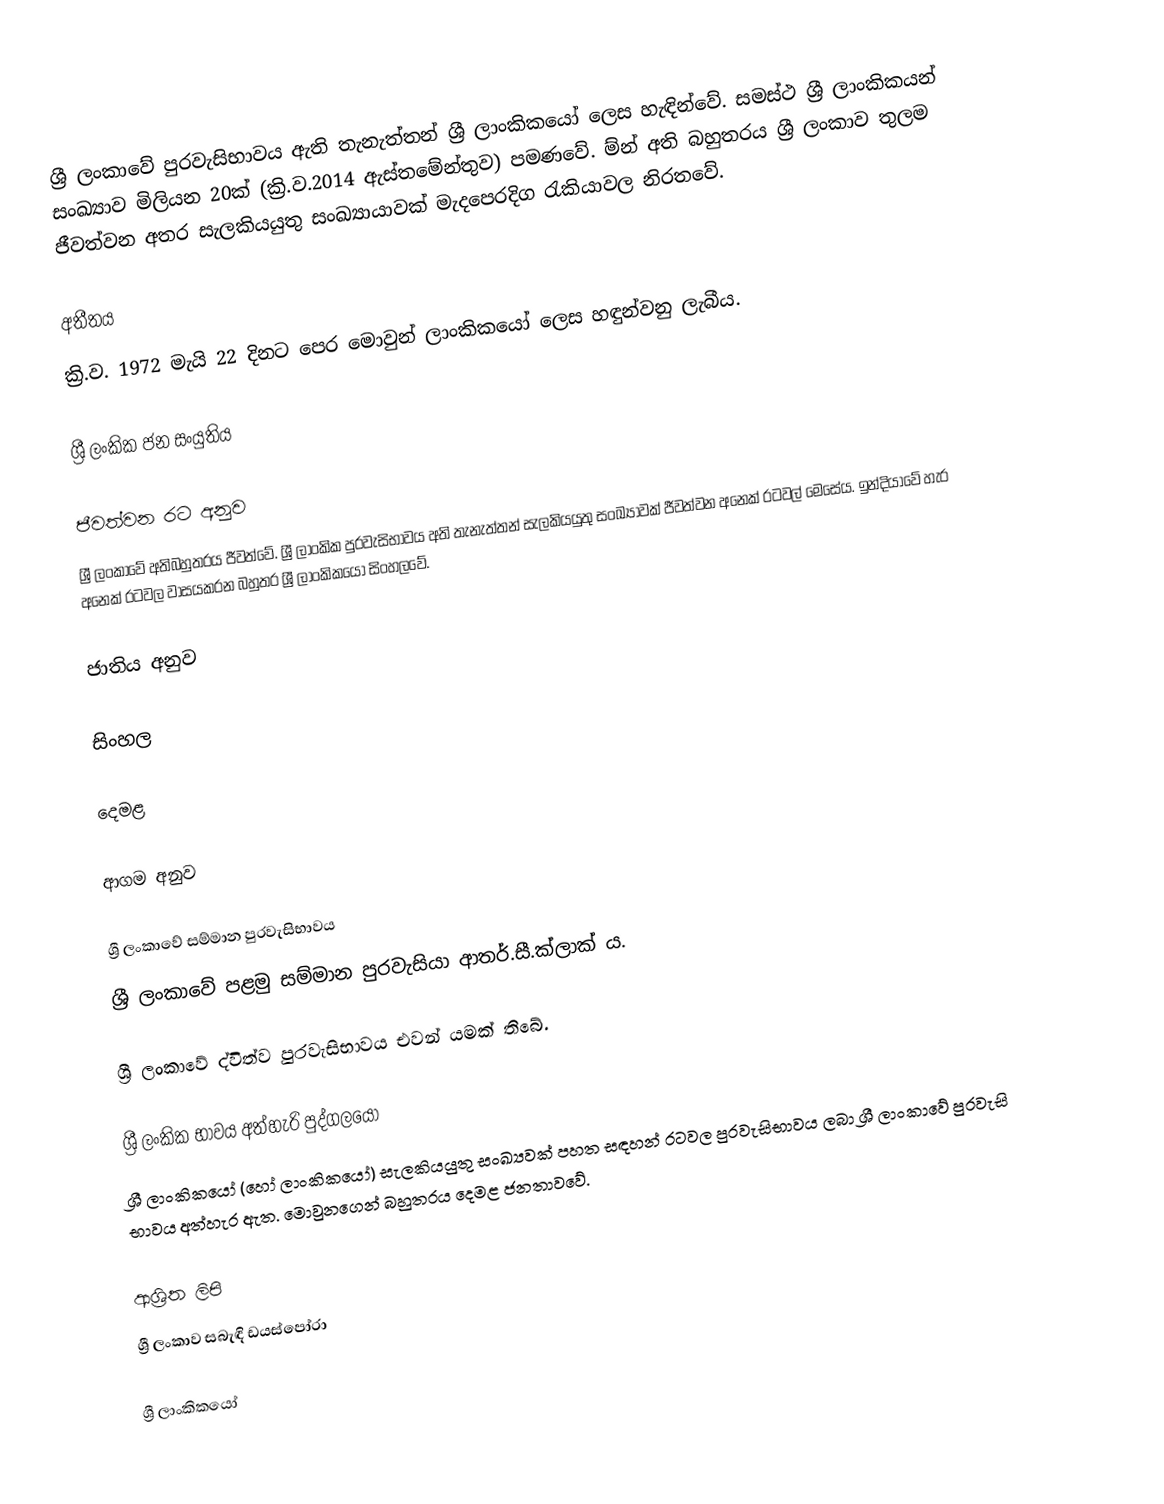
ශ්‍රී ලංකාවේ පුරවැසිභාවය ඇති තැනැත්තන් ශ්‍රී ලාංකිකයෝ ලෙස හැඳින්වේ. සමස්ථ ශ්‍රී ලාංකිකයන් සංඛ්‍යාව මිලියන 20ක් (ක්‍රි.ව.2014 ඇස්තමේන්තුව) පමණවේ. ම්න් අති බහුතරය ශ්‍රී ලංකාව තුලම ජීවත්වන අතර සැලකියයුතු සංඛ්‍යායාවක් මැදපෙරදිග රැකියාවල නිරතවේ.

අතීතය
ක්‍රි.ව. 1972 මැයි 22 දිනට පෙර මොවුන් ලාංකිකයෝ ලෙස හඳුන්වනු ලැබීය.

ශ්‍රී ලංකික ජන සංයුතිය

ජීවත්වන රට අනුව
ශ්‍රී ලංකාවේ අතිබහුතරය ජීවත්වේ. ශ්‍රී ලාංකික පුරවැසිභාවය අති තැනැත්තන් සැලකියයුතු සංඛ්‍යාවක් ජීවත්වන අනෙක් රටවල් මෙසේය. ඉන්දියාවේ හැර අනෙක් රටවල වාසයකරන බහුතර ශ්‍රී ලාංකිකයෝ සිංහලවේ.

ජාතිය අනුව

සිංහල

දෙමළ

ආගම අනුව

ශ්‍රී ලංකාවේ සම්මාන පුරවැසිභාවය
ශ්‍රී ලංකාවේ පළමු සම්මාන පුරවැසියා ආතර්.සී.ක්ලාක් ය.

ශ්‍රී ලංකාවේ ද්විත්ව පුරවැසිභාවය එවන් යමක් තිබේ.

ශ්‍රී ලංකික භාවය අත්හැරි පුද්ගලයෝ
ශ්‍රී ලාංකිකයෝ (හෝ ලාංකිකයෝ) සැලකියයුතු සංඛ්‍යවක් පහත සඳහන් රටවල පුරවැසිභාවය ලබා  ශ්‍රී ලාංකාවේ පුරවැසි භාවය අත්හැර ඇත. මොවුනගෙන් බහුතරය දෙමළ ජනතාවවේ.

ආශ්‍රිත ලිපි
 ශ්‍රී ලංකාව සබැඳි ඩයස්පෝරා

ශ්‍රී ලාංකිකයෝ